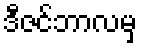
ဒီဇင်ဘာလမှ